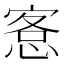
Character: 愙